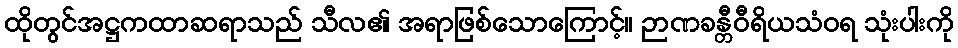
ထိုတွင်အဋ္ဌကထာဆရာသည် သီလ၏ အရာဖြစ်သောကြောင့်။ ဉာဏခန္တီဝီရိယသံဝရ သုံးပါးကို